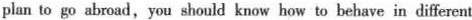
plan to go abroad, you should know how to behave in different